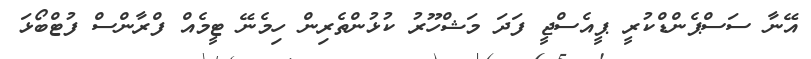
އޭނާ ސަސްޕެންޑްކުރީ ޕީއެސްޖީ ފަދަ މަޝްހޫރު ކުޅުންތެރިން ހިމެނޭ ޓީމެއް ފްރާންސް ފުޓްބޯޅަ